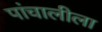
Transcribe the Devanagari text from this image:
पांचालीला